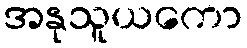
အနုသူယကော